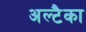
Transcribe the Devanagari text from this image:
अल्टैका